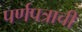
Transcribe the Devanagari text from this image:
पर्णपत्राची